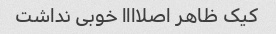
کیک ظاهر اصلاااا خوبی نداشت